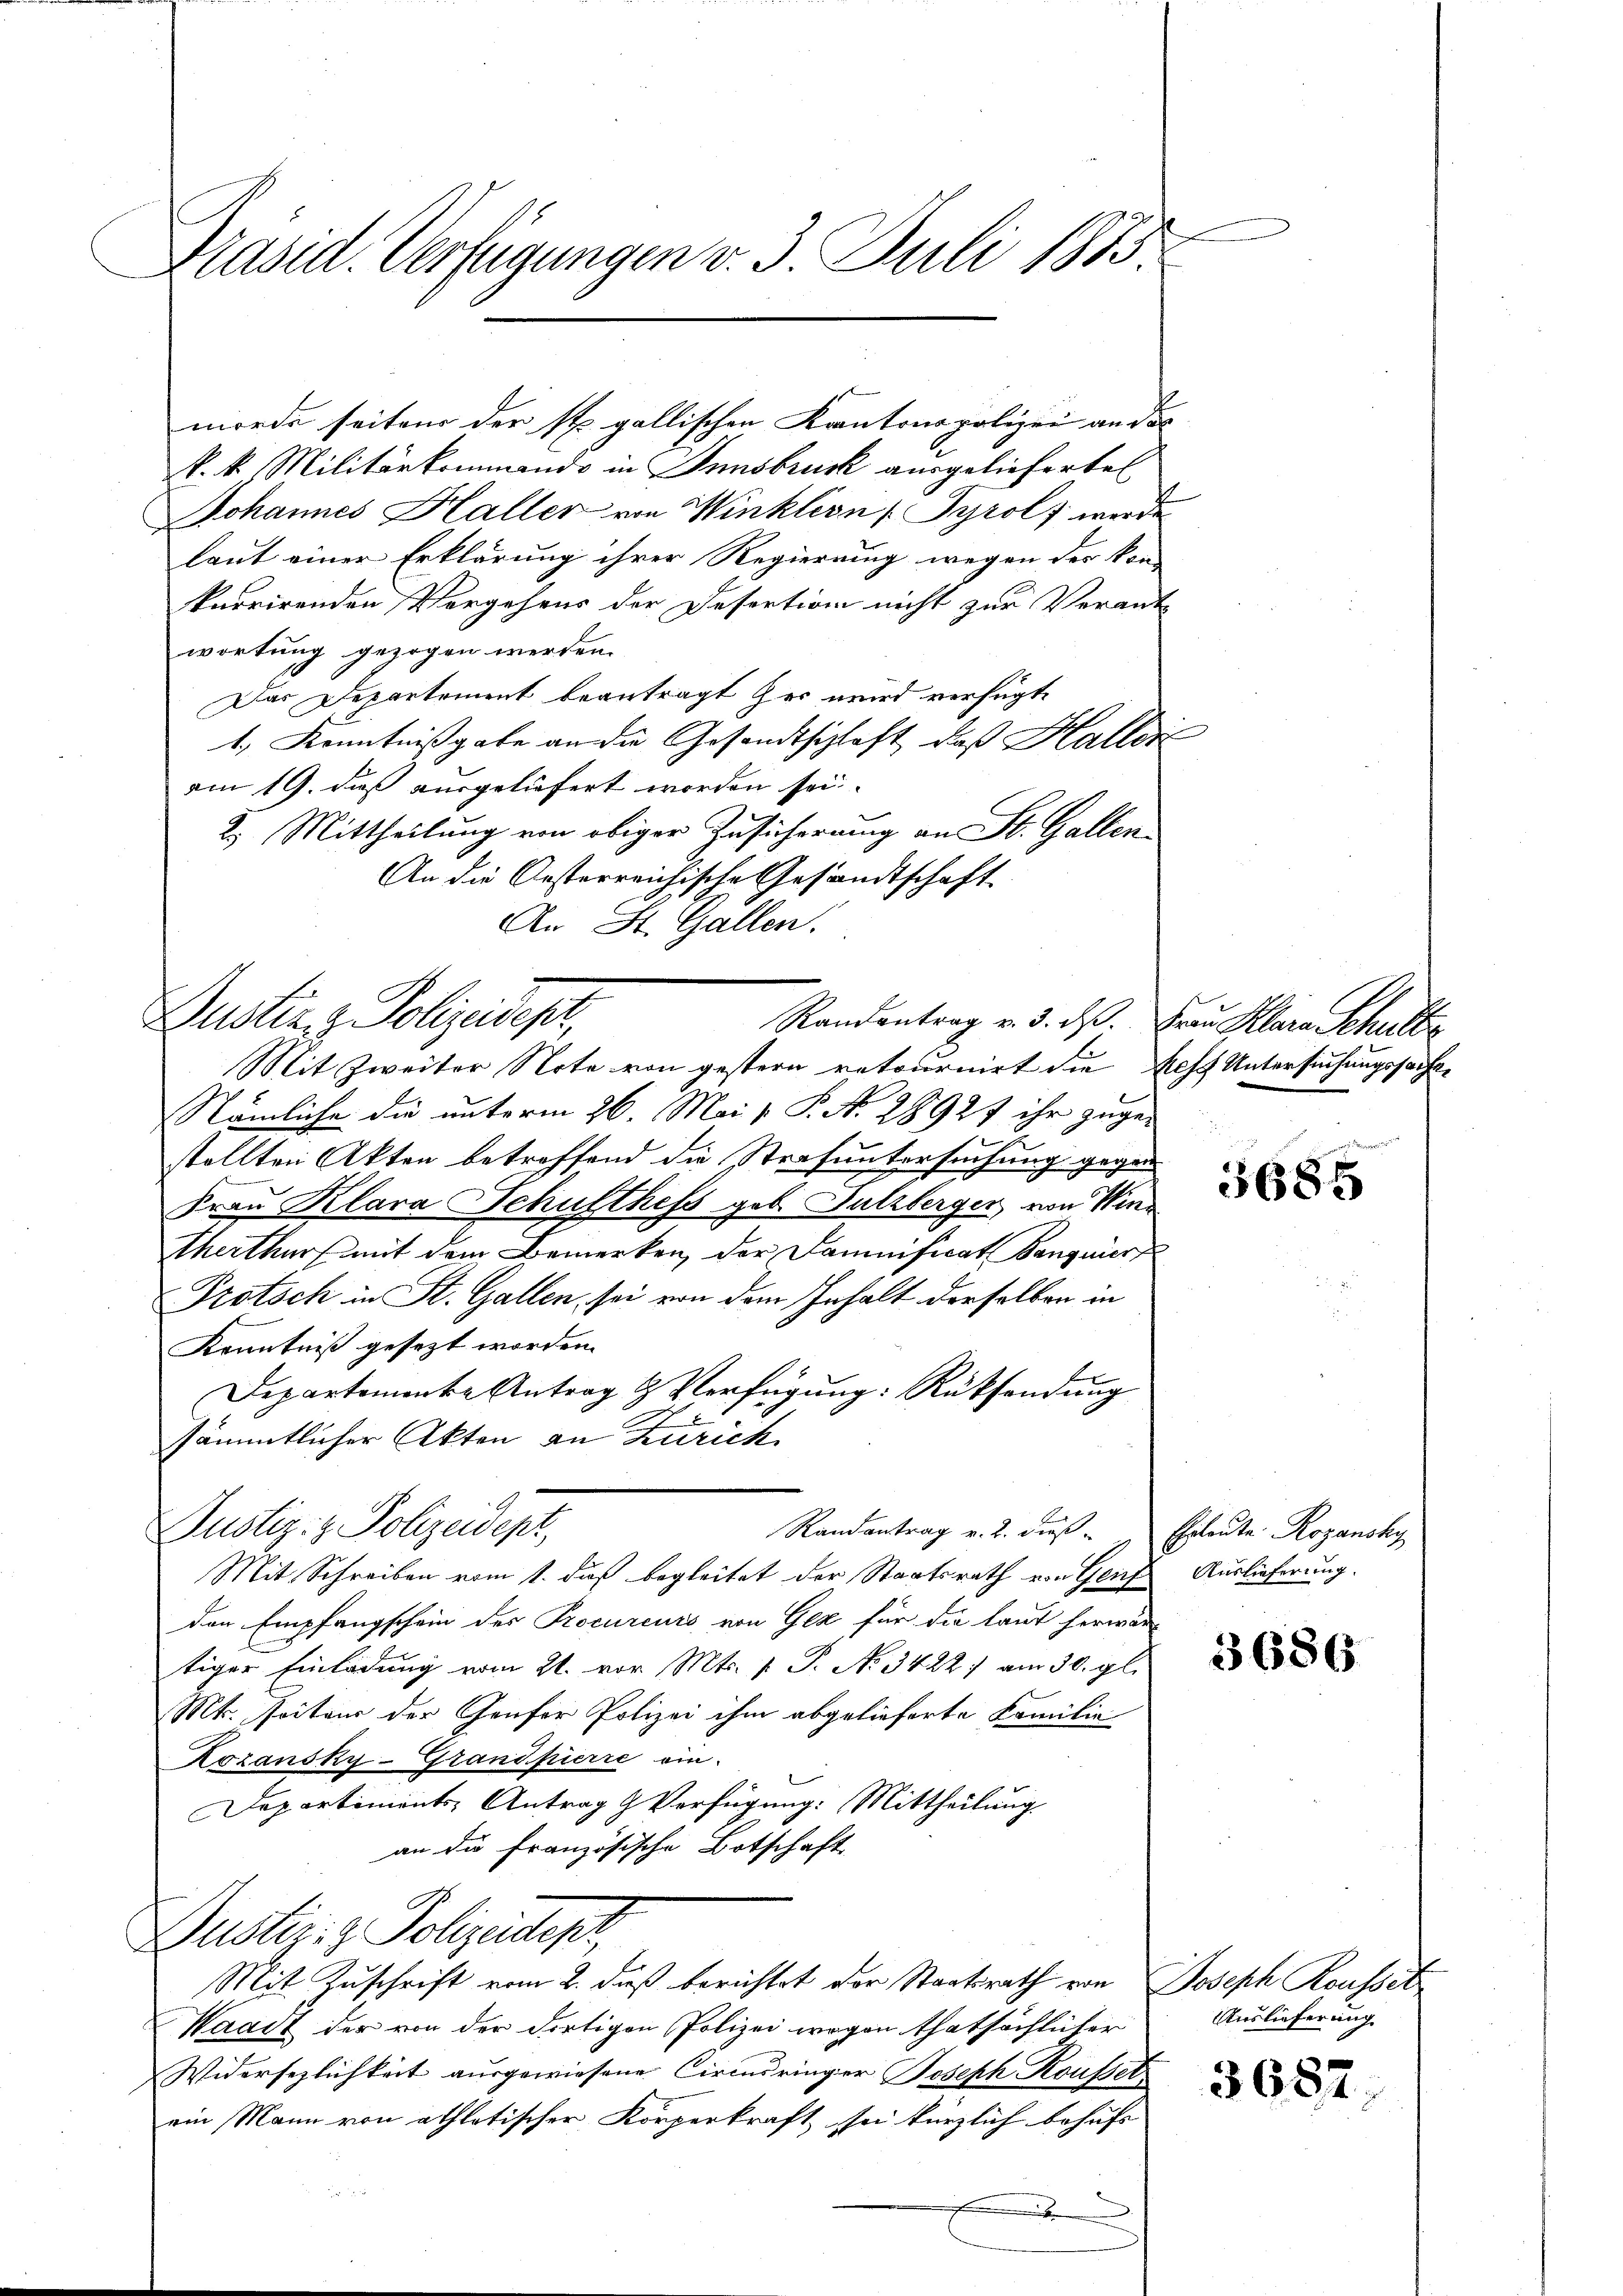
Präsid. Verfügungen v. 3. Juli 1875

mörde seitens der st. gallischen Kantonspolizei an des
k. k. Militärkommando in Innsbruck ausgelieferte
Johannes Haller von Winklern Tyrol, werde
laut einer Erklärung ihrer Regierung wegen der kon-
knorirenden Vergehens der Desertion nicht zur Verant-
wortung gezogen werden.
Das Departement beantragt her wird verfügte
1., Kenntnißgabe an die Gesandtschlaft, daß Hallere
am 19. daß ausgeliefert worden sei.
2.) Mittheilung von obiger Zusicherung an St. Gallen-
An die Oesterreichische Gesandtschaft
An St. Gallen.
Mit Zweiter Note von gestern retournirt die Aesch Untersuchungssachen
Nämliche die unterm 26. Mai v. P. N. 2892f ihr zuge-
stellten Akten betreffend die Strafuntersuchung gegen
Frau Klara Schulthefs geb. Sulzberger, von Wintherthur mit dem Bemerken, der Damnificat Banquier
Protsch in St. Gallen sei von dem Inhalt derselben in
Kenntniß gesezt worden.
Departemente Antrag & Verfügung: Rüksendung
sämmtlicher Akten an Zürich
Justiz- & Polizeidept
Randantrag v. 2. dies - Ehrleute Rozansky
Mit Schreiben vom 1. daß begleitet der Staatsrath von Genf Auslieferung.
den Empfangschein des Procureurs von Gez für die laut herwärtiger Einladung vom 21. vor. Mts. v. P. No. 3422, am 30. gl.
Mt. Poiteur der Genfer Polizei ihm abgelieferte Familie
Rozansky-Grandpierre ein-
Departiments-Antrag & Verfügung: Mittheilung
an die Französische Botschaft
Dustiz- & Polizeidep
Mit Zuschrift vom 2. daß berichtet der Staatsrath von Joseph Rousset
Waadt der von der dortigen Polizei wegen thatsächlicher
Widersezlichkeit ausgewiesene Circusringer Joseph Kousser
ein Mann von athlotischer Körperkraft sei kürzlich behufs
.

Dustiz & Polizeidest,

Randantrag v. 3. ds. Frau Klara Schulter

e

3685

3686

Auslieferung

3687